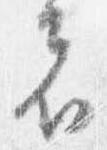
者